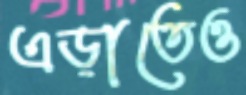
এড়াতেও